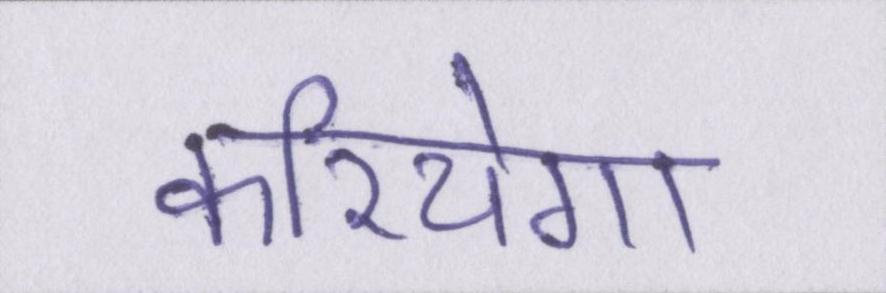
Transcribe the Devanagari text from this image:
करियेगा